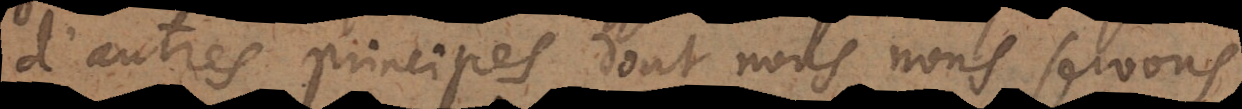
d’autres principes dont nous nous servons